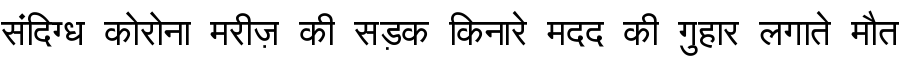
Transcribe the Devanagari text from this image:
संदिग्ध कोरोना मरीज़ की सड़क किनारे मदद की गुहार लगाते मौत